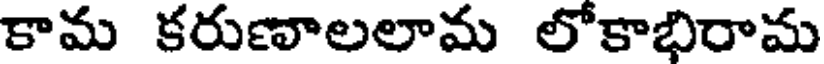
కామ కరుణాలలామ లోకాభిరామ